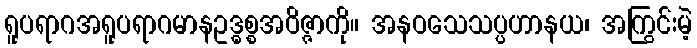
ရူပရာဂအရူပရာဂမာနဥဒ္ဓစ္စအဝိဇ္ဇာကို။ အနဝသေသပ္ပဟာနယ၊ အကြွင်းမဲ့